Civil Veterinary Department. Madras. Admin. report 1926-33 - 1926-1933
Year: 1926
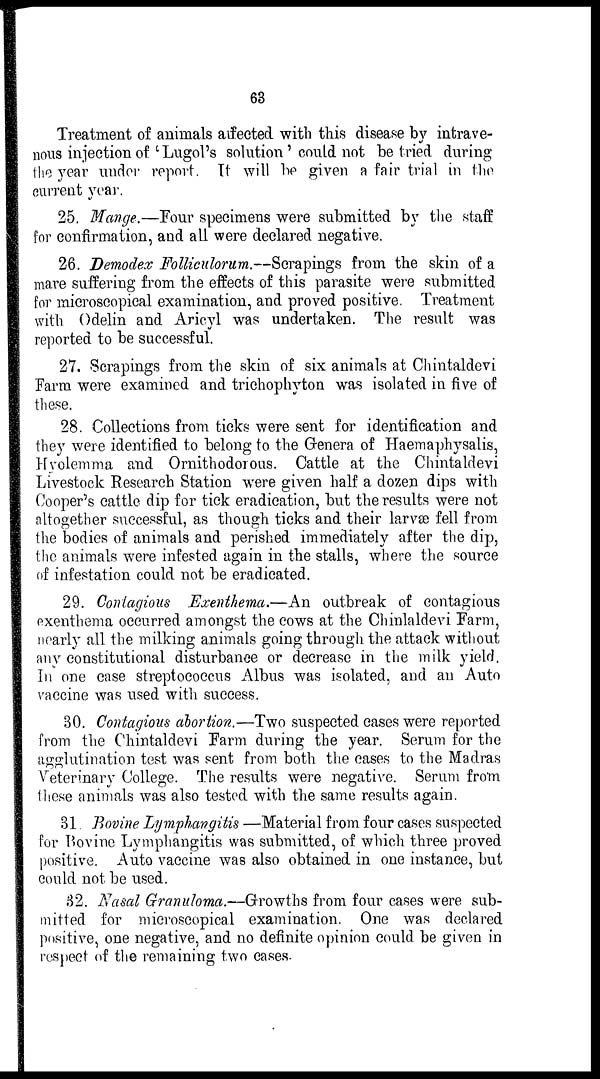
63
Treatment of animals affected with this disease by intrave-
nous injection of 'Lugol's solution' could not be tried during
the year under report. It will be given a fair trial in the
current year.
25. Mange.—Four specimens were submitted by the staff
for confirmation, and all were declared negative.
26. Demodex Folliculorum.—Scrapings from the skin of a
mare suffering from the effects of this parasite were submitted
for microscopical examination, and proved positive. Treatment
with Odelin and Aricyl was undertaken. The result was
reported to be successful.
27. Scrapings from the skin of six animals at Chintaldevi
Farm were examined and trichophyton was isolated in five of
these.
28. Collections from ticks were sent for identification and
they were identified to belong to the Genera of Haemaphysalis,
Hyolemma and Ornithodorous. Cattle at the Chintaldevi
Livestock Research Station were given half a dozen dips with
Cooper's cattle dip for tick eradication, but the results were not
altogether successful, as though ticks and their larvæ fell from
the bodies of animals and perished immediately after the dip,
the animals were infested again in the stalls, where the source
of infestation could not be eradicated.
29. Contagious Exenthema.—An outbreak of contagious
exenthema occurred amongst the cows at the Chinlaldevi Farm,
nearly all the milking animals going through the attack without
any constitutional disturbance or decrease in the milk yield.
In one case streptococcus Albus was isolated, and an Auto
vaccine was used with success.
30. Contagious abortion.—Two suspected cases were reported
from the Chintaldevi Farm during the year. Serum for the
agglutination test was sent from both the cases to the Madras
Veterinary College. The results were negative. Serum from
these animals was also tested with the same results again.
31. Bovine Lymphangitis—Material from four cases suspected
for Bovine Lymphangitis was submitted, of which three proved
positive. Auto vaccine was also obtained in one instance, but
could not be used.
32. Nasal Granuloma.—Growths from four cases were sub-
mitted for microscopical examination. One was declared
positive, one negative, and no definite opinion could be given in
respect of the remaining two cases.